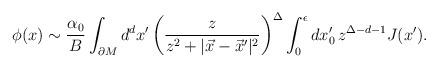
LaTeX: \begin{align*}\phi(x) \sim { \alpha_0 \over B } \int_{\partial M} d^{d}x^\prime\left( \frac{z}{z^2+|\vec{x}-\vec{x}^\prime|^2} \right)^\Delta \int_0^\epsilon dx_0^\prime \, {z}^{\Delta-d-1}J(x^\prime). \end{align*}